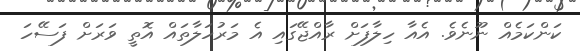
ކަންކަމެއް ނޫނެވެ. އެއާ ހިލާފަށް ރާއްޖޭގައި އެ މަރުހަލާތައް އޮތީ ވަރަށް ފަސޭހަ